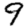
Digit: 9